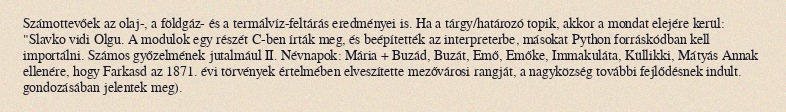
Számottevőek az olaj-, a földgáz- és a termálvíz-feltárás eredményei is. Ha a tárgy/határozó topik, akkor a mondat elejére kerül: "Slavko vidi Olgu. A modulok egy részét C-ben írták meg, és beépítették az interpreterbe, másokat Python forráskódban kell importálni. Számos győzelmének jutalmául II. Névnapok: Mária + Buzád, Buzát, Emő, Emőke, Immakuláta, Küllikki, Mátyás Annak ellenére, hogy Farkasd az 1871. évi törvények értelmében elveszítette mezővárosi rangját, a nagyközség további fejlődésnek indult. gondozásában jelentek meg).